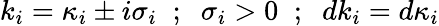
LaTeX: k_{i}={\kappa}_{i}\pm i{\sigma}_{i}\; \; ;\; \; {\sigma}_{i}>0\; \; ;\; \; dk_{i}=d{\kappa}_{i}